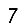
Digit: 7